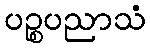
ပဉ္စပညာသံ